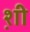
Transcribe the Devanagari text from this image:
श़ी